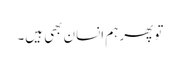
تو پھر ہم انسان بھی ہیں۔